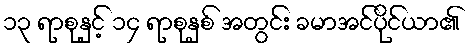
၁၃ ရာစုနှင့် ၁၄ ရာစုနှစ် အတွင်း ခမာအင်ပိုင်ယာ၏